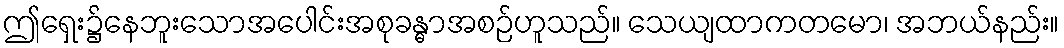
ဤရှေး၌နေဘူးသောအပေါင်းအစုခန္ဓာအစဉ်ဟူသည်။ သေယျထာကတမော၊ အဘယ်နည်း။